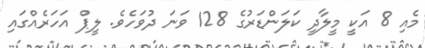
މެއި 8 އަކީ މީލާދީ ކަލަންޑަރުގެ 128 ވަނަ ދުވަހެވެ. ލީޕް އަހަރެއްގައި